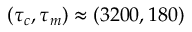
( \tau _ { c } , \tau _ { m } ) \approx ( 3 2 0 0 , 1 8 0 )